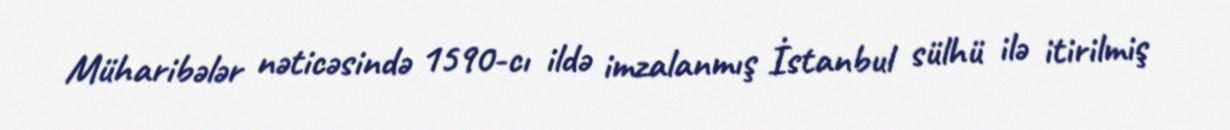
Müharibələr nəticəsində 1590-cı ildə imzalanmış İstanbul sülhü ilə itirilmiş